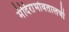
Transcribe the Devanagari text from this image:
मंदिराभोवतालची